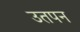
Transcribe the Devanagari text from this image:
उतपन